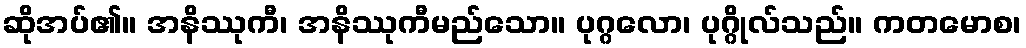
ဆိုအပ်၏။ အနိဿုကီ၊ အနိဿုကီမည်သော။ ပုဂ္ဂလော၊ ပုဂ္ဂိုလ်သည်။ ကတမောစ၊